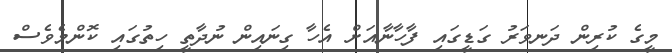
މީގެ ކުރިން ދަނވަރު ގަޑީގައި ފާހާނާއަށް އެހާ ގިނައިން ނުދާތީ ހިތުގައި ކޮންމެވެސް